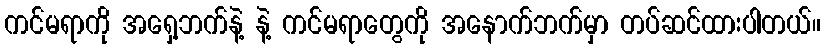
ကင်မရာကို အရှေ့ဘက်နဲ့ နဲ့ ကင်မရာတွေကို အနောက်ဘက်မှာ တပ်ဆင်ထားပါတယ်။